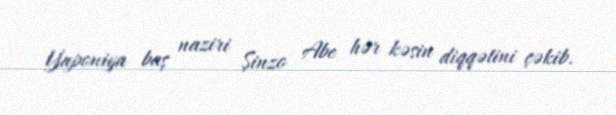
Yaponiya baş naziri Şinzo Abe hər kəsin diqqətini çəkib.